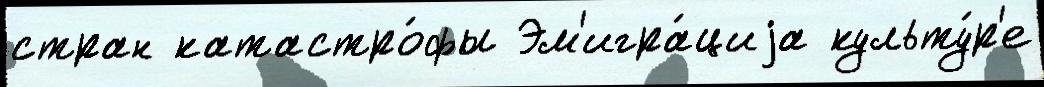
стран катастро́фы Эм'игра́циjа культу́р'е